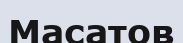
Масатов